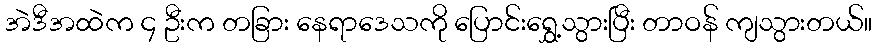
အဲဒီအထဲက ၄ ဦးက တခြား နေရာဒေသကို ပြောင်းရွှေ့သွားပြီး တာဝန် ကျသွားတယ်။